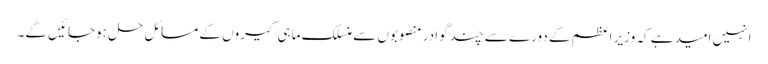
انہیں امید ہے کہ وزیر اعظم کے دورے سے چند گوادر منصوبوں سے منسلک ماہی گیروں کے مسائل حل ہوجائیں گے۔